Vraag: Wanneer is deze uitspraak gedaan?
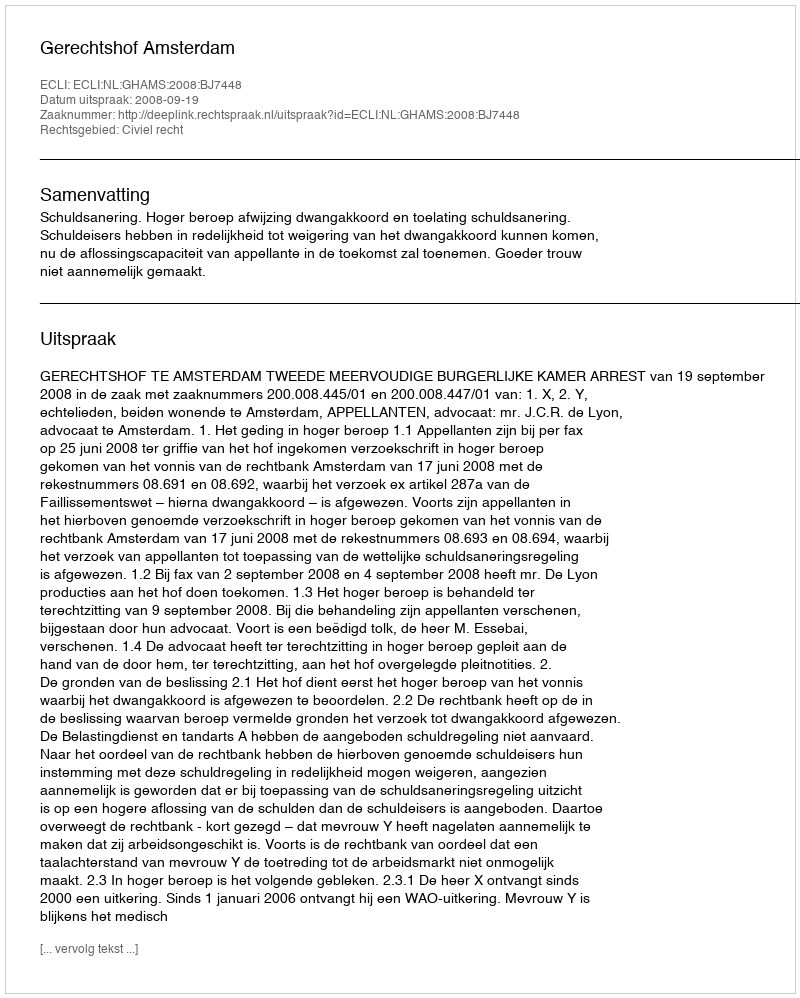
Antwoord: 2008-09-19